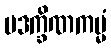
ပဒက္ခိဏကမ္မံ